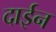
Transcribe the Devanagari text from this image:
दाईन